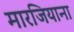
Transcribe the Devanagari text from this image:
मारजियाना